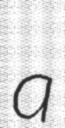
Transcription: a